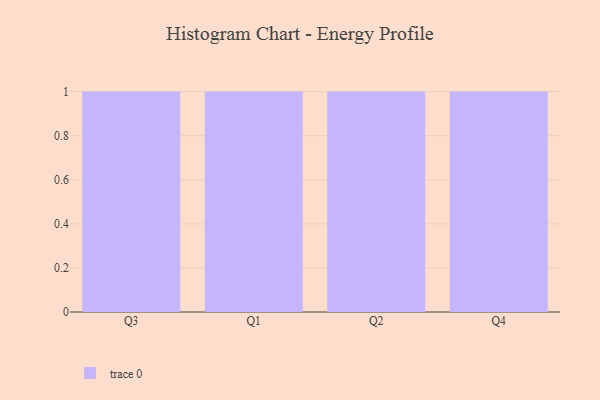
{"axis": {"x": "Quarter", "y": "Website Visitors"}, "legend": [""], "data": [{"x": "Q3", "y": 6, "type": ""}, {"x": "Q1", "y": 80, "type": ""}, {"x": "Q2", "y": 4, "type": ""}, {"x": "Q4", "y": 54, "type": ""}]}